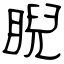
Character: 睨